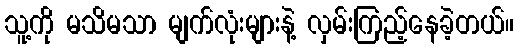
သူ့ကို မသိမသာ မျက်လုံးများနဲ့ လှမ်းကြည့်နေခဲ့တယ်။